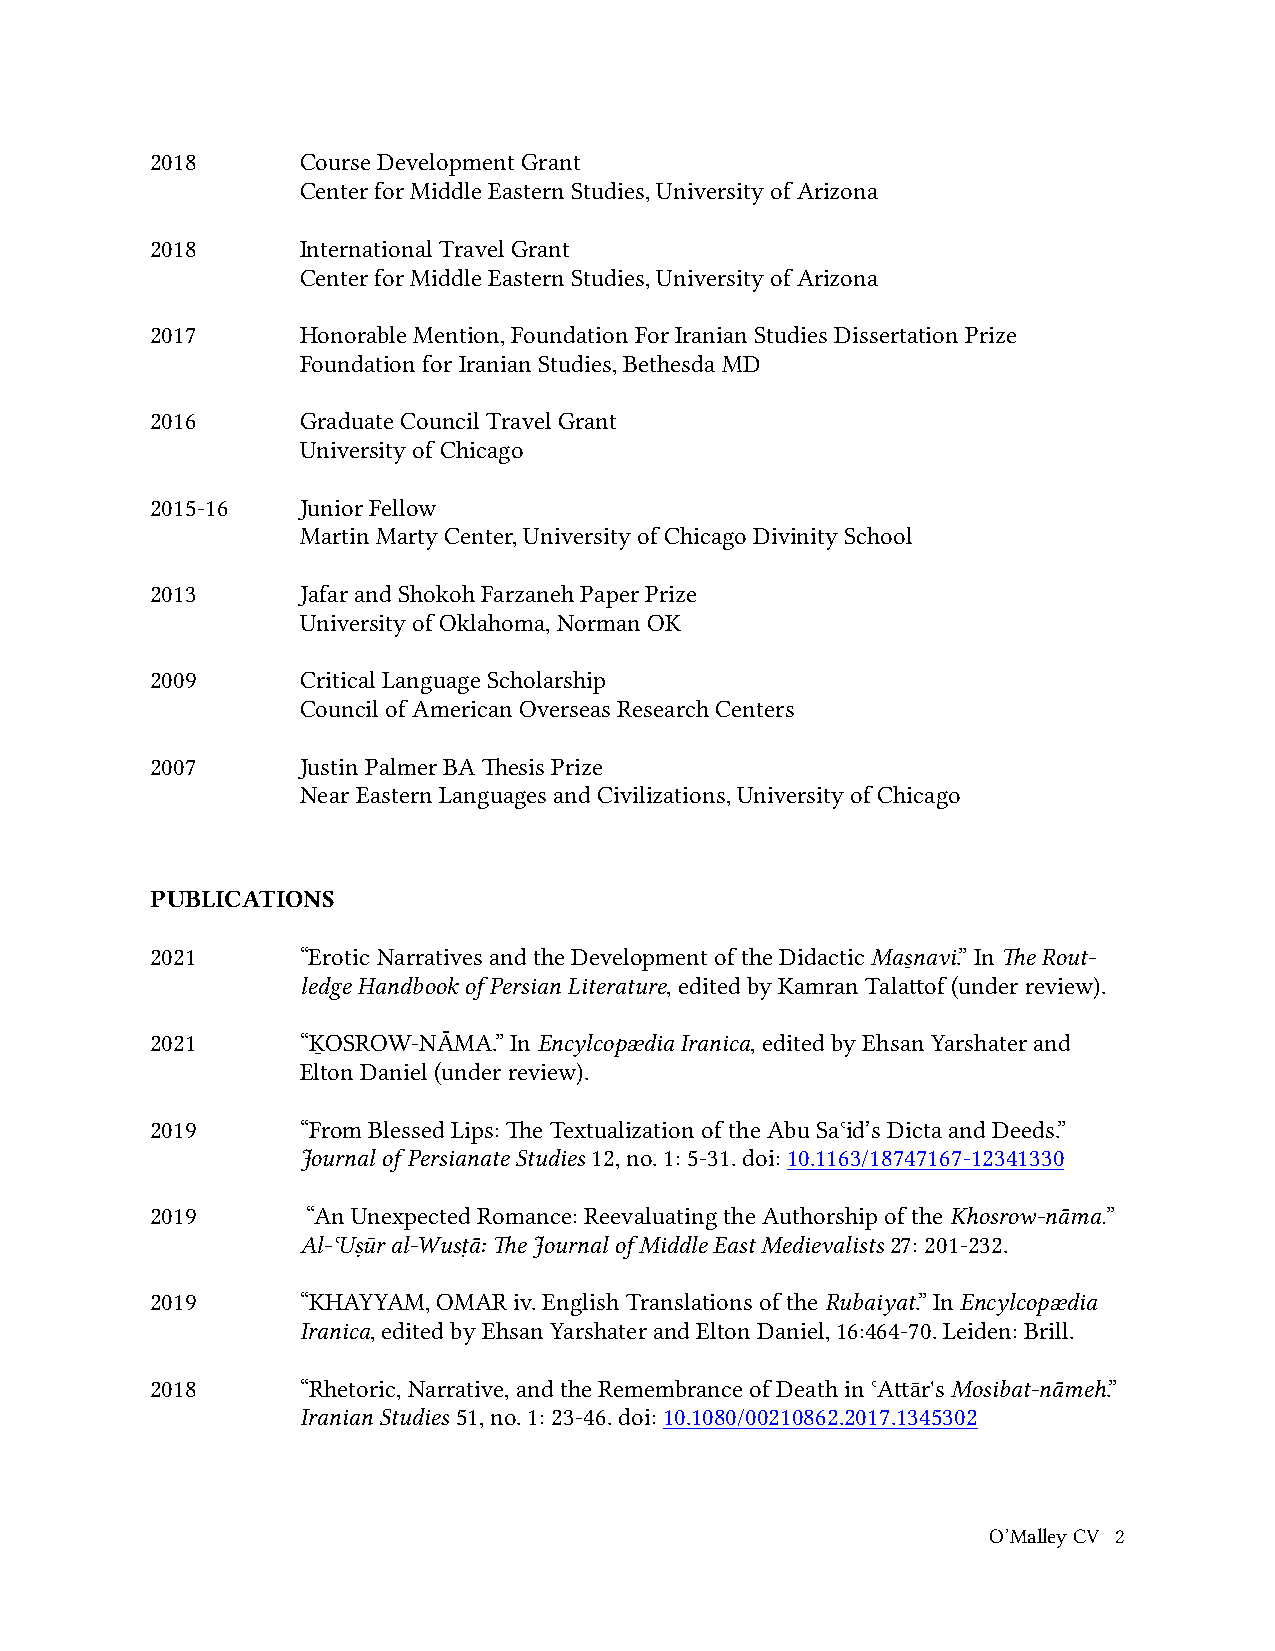
2018      Course Development Grant
 Center for Middle Eastern Studies, University of Arizona
 2018      International Travel Grant
 Center for Middle Eastern Studies, University of Arizona
 2017      Honorable Mention, Foundation For Iranian Studies Dissertation Prize
 Foundation for Iranian Studies, Bethesda MD
 2016      Graduate Council Travel Grant
 University of Chicago
 2015-16   Junior Fellow
 Martin Marty Center, University of Chicago Divinity School
 2013      Jafar and Shokoh Farzaneh Paper Prize
 University of Oklahoma, Norman OK
 2009      Critical Language Scholarship
 Council of American Overseas Research Centers
 2007      Justin Palmer BA Thesis Prize
 Near Eastern Languages and Civilizations, University of Chicago
 PUBLICATIONS
 2021      “Erotic Narratives and the Development of the Didactic Masṉ avi.” In The Rout-
 ledge Handbook of Persian Literature, edited by Kamran Talattof (under review).
 2021      “ḴOSROW-NĀMA.” In Encylcopædia Iranica, edited by Ehsan Yarshater and
 Elton Daniel (under review).
 2019      “From Blessed Lips: The Textualization of the Abu Saʿid’s Dicta and Deeds.”
 Journal of Persianate Studies 12, no. 1: 5-31. doi: 10.1163/18747167-12341330
 2019      “An Unexpected Romance: Reevaluating the Authorship of the Khosrow-nāma.”
 Al-ʿUṣūr al-Wusṭā: The Journal of Middle East Medievalists 27: 201-232.
 2019      “KHAYYAM, OMAR iv. English Translations of the Rubaiyat.” In Encylcopædia
 Iranica, edited by Ehsan Yarshater and Elton Daniel, 16:464-70. Leiden: Brill.
 2018      “Rhetoric, Narrative, and the Remembrance of Death in ʿAttār's Mosibat-nāmeh.”
 Iranian Studies 51, no. 1: 23-46. doi: 10.1080/00210862.2017.1345302
 O’Malley CV 2